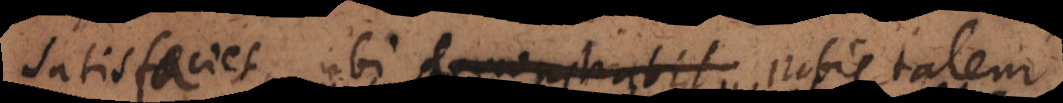
satisfaciet, ubi demonstrabit nobis talem